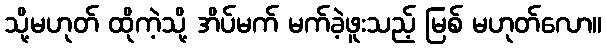
သို့မဟုတ် ထိုကဲ့သို့ အိပ်မက် မက်ခဲ့ဖူးသည့် မြစ် မဟုတ်လော။